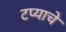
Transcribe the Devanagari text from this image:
टप्याचे